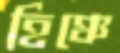
হিঞ্চে